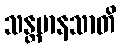
သန္တမာနသာတိ